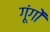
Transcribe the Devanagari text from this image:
गूंगों